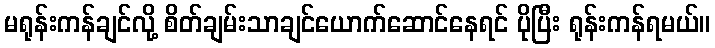
မရုန်းကန်ချင်လို့ စိတ်ချမ်းသာချင်ယောက်ဆောင်နေရင် ပိုပြီး ရုန်းကန်ရမယ်။